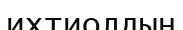
ихтиолдың